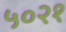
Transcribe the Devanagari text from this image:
५०२१